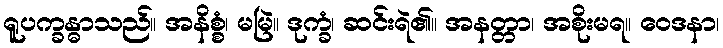
ရူပက္ခန္ဓာသည်။ အနိစ္စံ၊ မမြဲ။ ဒုက္ခံ၊ ဆင်းရဲ၏။ အနတ္တာ၊ အစိုးမရ။ ဝေဒနာ၊